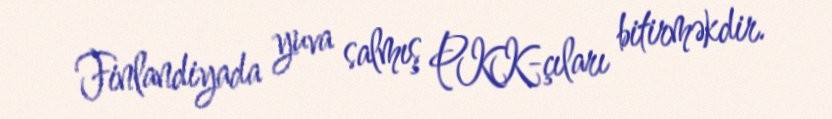
Finlandiyada yuva salmış PKK-çıları bitirməkdir.